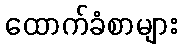
ထောက်ခံစာများ